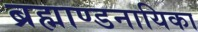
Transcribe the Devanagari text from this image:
ब्रह्माण्डनायिका